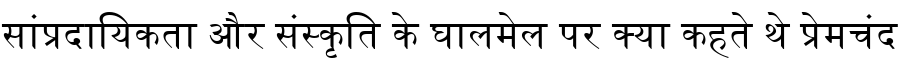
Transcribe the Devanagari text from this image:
सांप्रदायिकता और संस्कृति के घालमेल पर क्या कहते थे प्रेमचंद